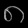
Digit: ၈